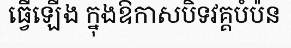
ធ្វើឡើង ក្នុងឱកាសបិទវគ្គបំប៉ន